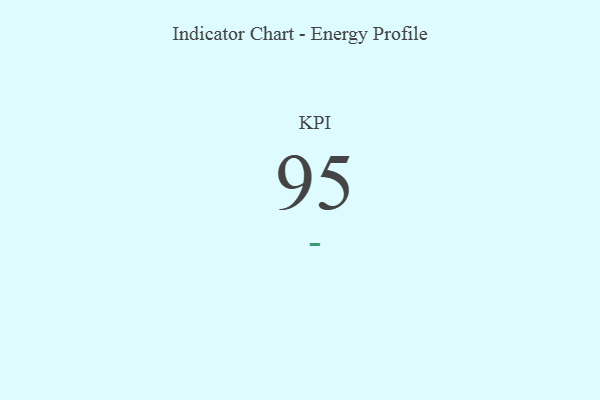
{"axis": {"x": "KPI", "y": "Value"}, "legend": [""], "data": [{"x": "KPI", "y": 95, "type": ""}]}